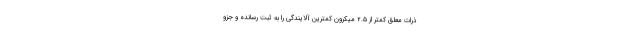
ذرات معلق کمتر از ۲.۵ میکرون کمترین آلایندگی را به ثبت رسانده و جزو